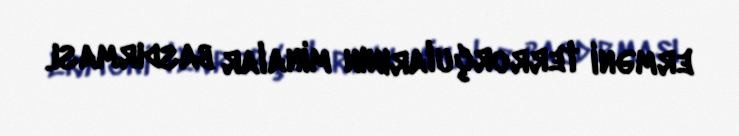
erməni terrorçularının minalar basdırması.